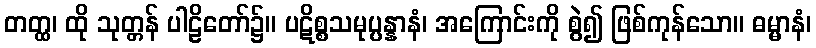
တတ္ထ၊ ထို သုတ္တန် ပါဠိတော်၌။ ပဋိစ္စသမုပ္ပန္နာနံ၊ အကြောင်းကို စွဲ၍ ဖြစ်ကုန်သော။ ဓမ္မာနံ၊